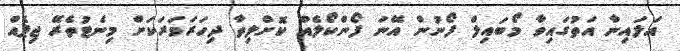
އަލައިނާ އަތުގައިވާ މޯބައިލް ފޯނުން އޭނަ ފޯންކޯލެއް ކޮށްލިތާ ދިހަރަވަރަކަށް މިނެޓުތެރޭ ޖިޕެއް